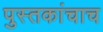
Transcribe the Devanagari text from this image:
पुस्तकांचाच